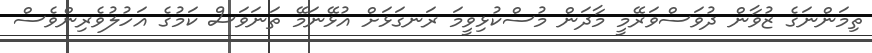
ތިމަންނަގެ ޒުވާން ދުވަސްވަރޭމީ މާދަން މުސްކުޅިވީމަ ރަނގަޅަށް އުޅޭނަމޭ ތަނަވަސް ކަމުގެ އަހުލުވެރިންވެސް